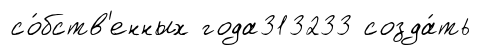
со́бств'енных года313233 созда́ть